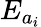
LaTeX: E_{a_{i}}